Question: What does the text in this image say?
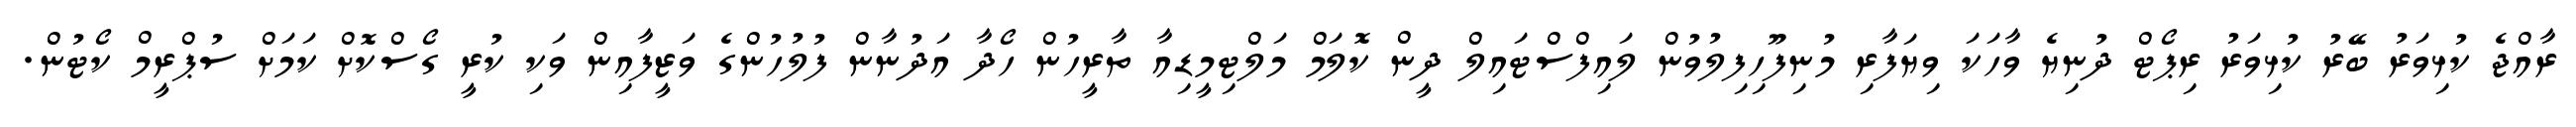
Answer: ރާއްޖެ ކުޅިވަރު ބޭރު ކުޅިވަރު ރިޕޯޓް ދުނިޔެ ވާހަކަ ވިޔަފާރި މުނިފޫހިފިލުވުން ލައިފްސްޓައިލް ދީން ކޮލަމް މަލްޓިމީޑިއާ ތާރީހުން ހޯދާ އަދުނާން ފުލުހުންގެ ވަޒީފާއިން ވަކި ކުރީ ގޯސްކޮށް ކަމަށް ސުޕްރީމް ކޯޓުން.